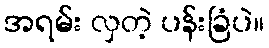
အရမ်း လှတဲ့ ပန်းခြံပဲ။